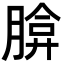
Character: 𦝡